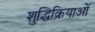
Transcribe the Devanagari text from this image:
शुद्धिक्रियाओं